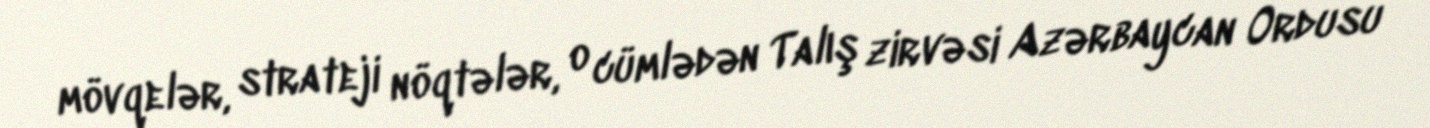
mövqelər, strateji nöqtələr, o cümlədən Talış zirvəsi Azərbaycan Ordusu